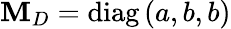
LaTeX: \mathbf{M}_{D}=\mathrm{{diag}}\left(a,b,b\right)